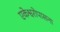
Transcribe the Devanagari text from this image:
एकेश्वरोपासना